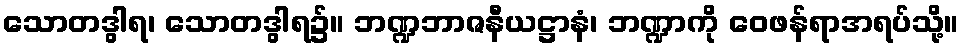
သောတဒွါရ၊ သောတဒွါရ၌။ ဘဏ္ဍဘာဇနီယဋ္ဌာနံ၊ ဘဏ္ဍာကို ဝေဖန်ရာအရပ်သို့။